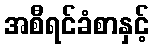
အစီရင်ခံစာနှင့်